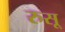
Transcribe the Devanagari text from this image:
रुसू